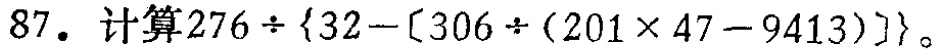
$87. \ 计算276\div\{32 - [306\div(201\times47 - 9413)]\}$